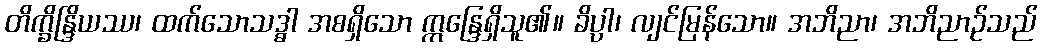
တိက္ခိန္ဒြိယဿ၊ ထက်သောသဒ္ဓါ အစရှိသော ဣန္ဒြေရှိသူ၏။ ခိပ္ပါ၊ လျင်မြန်သော။ အဘိညာ၊ အဘိညာဉ်သည်